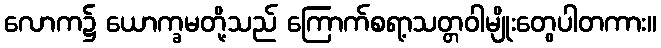
လောက၌ ယောက္ခမတို့သည် ကြောက်စရာ့သတ္တဝါမျိုးတွေပါတကား။